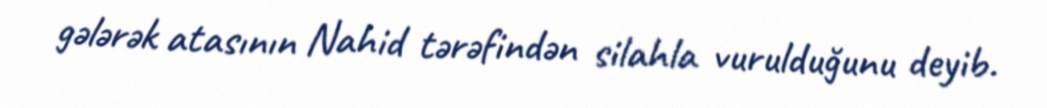
gələrək atasının Nahid tərəfindən silahla vurulduğunu deyib.